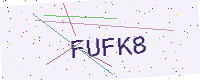
Text: FUFK8